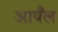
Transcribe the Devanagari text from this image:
आयँल